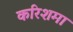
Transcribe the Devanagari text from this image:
करिशमा